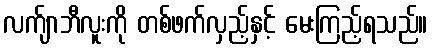
လက်ျာဘီလူးကို တစ်ဖက်လှည့်နှင့် မေးကြည့်ရသည်။